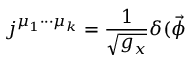
j ^ { \mu _ { 1 } \cdot \cdot \cdot \mu _ { k } } = \frac 1 { \sqrt { g _ { x } } } \delta ( \vec { \phi }